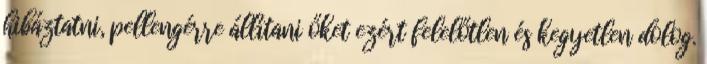
hibáztatni, pellengérre állítani őket ezért felelőtlen és kegyetlen dolog.